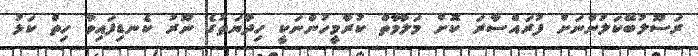
ރަސޫލުބޭކަލުންނަށް ފުރައްސާރަ ކޮށް މަލާމާތް ކުރާމީހުންނަކީ ހިދާޔަތުގެ ނޫރު ކެނޑިފައިވާ ހިތް ކަޅު